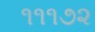
૧૧૧૭૨